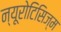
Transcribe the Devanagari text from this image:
न्यूरोटिसिज्म